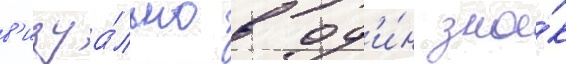
в'изуа́льно в од'и́н зна́к